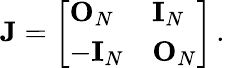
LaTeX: \mathbf{J}=\left[\begin{array}{ll}{\mathbf{O}_{N}}&{\mathbf{I}_{N}}\\ {-\mathbf{I}_{N}}&{\mathbf{O}_{N}}\end{array}\right]\, .